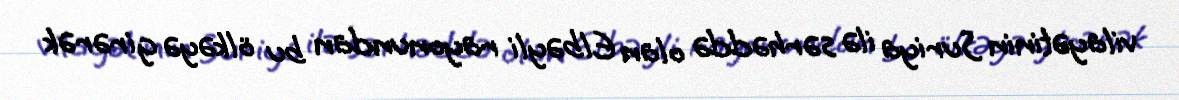
vilayətinin Suriya ilə sərhəddə olan Elbəyli rayonundan bu ölkəyə girərək